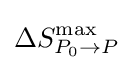
\Delta {S}_{{P}_{0}\to P}^{\max }